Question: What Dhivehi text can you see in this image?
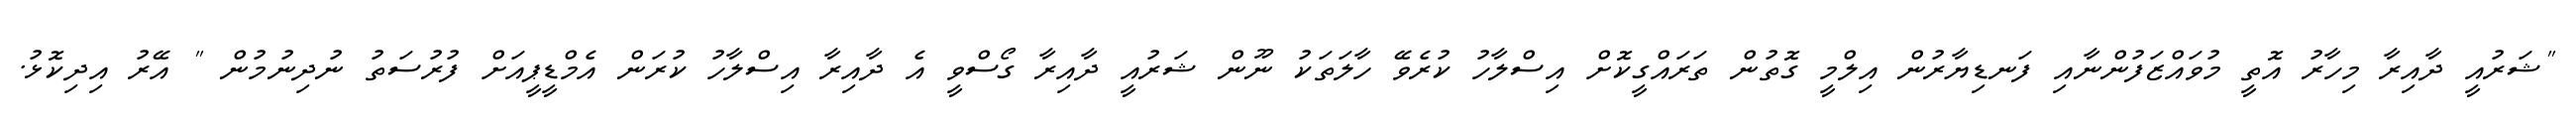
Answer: "ޝަރުއީ ދާއިރާ މިހާރު އޮތީ މުވައްޒަފުންނާއި ފަނޑިޔާރުން އިލްމީ ގޮތުން ތަރައްގީކޮށް އިސްލާހު ކުރެވޭ ހާލަތަކު ނޫން ޝަރުއީ ދާއިރާ ގޯސްވީ އެ ދާއިރާ އިސްލާހު ކުރަން އެމްޑީޕީއަށް ފުރުސަތު ނުދިނުމުން " އޭރު އިދިކޮޅު.